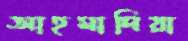
আহমাদিয়া